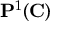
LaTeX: \mathbf { P } ^ { 1 } ( \mathbf { C } )